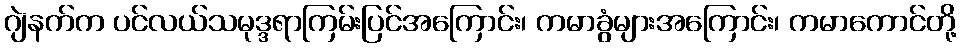
ဂျဲနက်က ပင်လယ်သမုဒ္ဒရာကြမ်းပြင်အကြောင်း၊ ကမာခွံများအကြောင်း၊ ကမာကောင်တို့